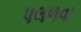
પલળવા